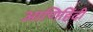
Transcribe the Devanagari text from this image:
आणिहिंदी